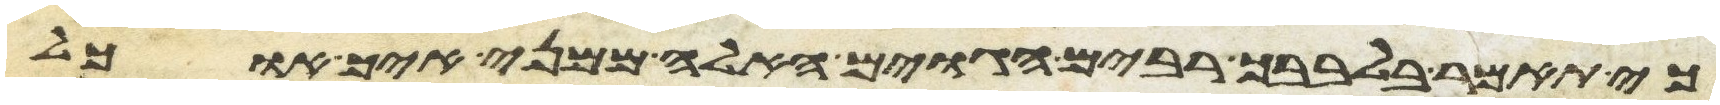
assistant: כי תאמר בלבבך רבים הגוים האלה ממני איך אוכל